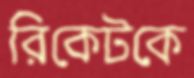
রিকেটকে